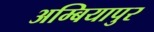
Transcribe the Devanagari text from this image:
अम्बियापुर